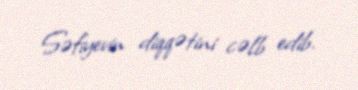
Səfiyevin diqqətini cəlb edib.